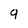
Character: 9